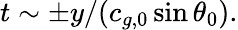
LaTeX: t\sim\pm y/(c_{g,0}\sin\theta_{0}).